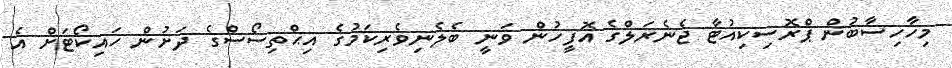
މިހާހިސާބުން ޕްރޮސިކިއުޓާ ޖެނެރަލްގެ އޮފީހުން ވަނީ ބެލެނިވެރިކަމުގެ އިޙްތިސޯސްގެ ދަށުން ހައިކޯޓަށް އެ